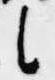
候